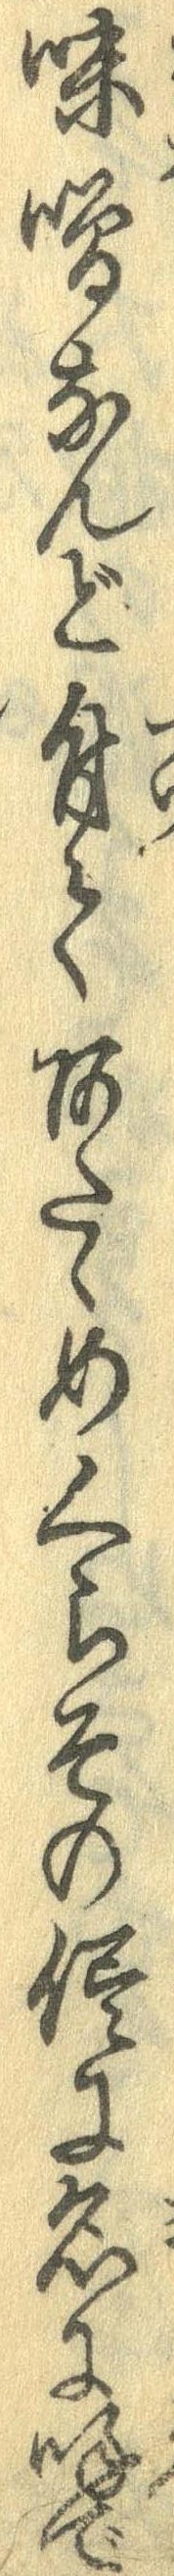
味噌なんど付てあたゝめくらその侭に名に呼で